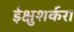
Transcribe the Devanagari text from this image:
ईक्षुशर्करा